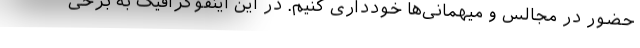
حضور در مجالس و میهمانی‌ها خودداری کنیم. در این اینفوگرافیک به برخی